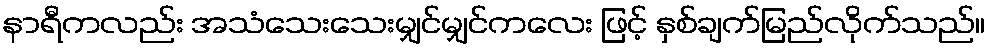
နာရီကလည်း အသံသေးသေးမျှင်မျှင်ကလေး ဖြင့် နှစ်ချက်မြည်လိုက်သည်။